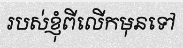
របស់ខ្ញុំពីលើកមុនទៅ